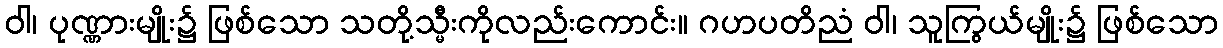
ဝါ၊ ပုဏ္ဏားမျိုး၌ ဖြစ်သော သတို့သ္မီးကိုလည်းကောင်း။ ဂဟပတိညံ ဝါ၊ သူကြွယ်မျိုး၌ ဖြစ်သော